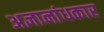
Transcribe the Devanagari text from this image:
अज्ञानांधकार